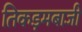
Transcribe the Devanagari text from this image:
तिकड़मबाजी